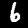
Digit: 6